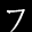
Label: 7